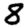
Digit: 8